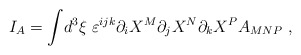
\begin{align*}I_A= \int\! d^3\xi\; \varepsilon^{ijk} \partial_i X^M \partial_j X^N \partial_k X^P A_{MNP}\ ,\end{align*}